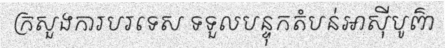
ក្រសួងការបរទេស ទទួលបន្ទុកតំបន់អាស៊ីបូព៌ា